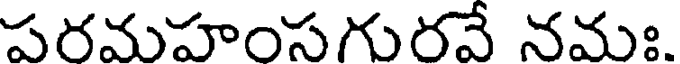
పరమహంసగురవే నమః.